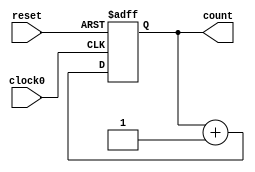
/////////////////////////////////////////
//  Functionality: 16 bit up counter 
////////////////////////////////////////

module counterup16_1clk_posedge_async_resetn(clock0, reset, count);

	input clock0, reset;
	output [15:0] count;
	reg [15:0] count;  

	initial begin
      	  count <= 0;
    	end                                    

	always @ (posedge clock0 or negedge reset) begin
		if (reset == 1'b0) begin
			count <= 0;
		end 
		else begin
			count <= count + 1;
		end
	end 

endmodule